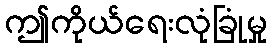
ဤကိုယ်ရေးလုံခြုံမှု